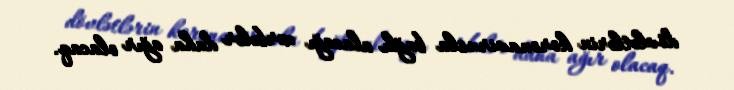
dövlətlərin koronavirusla bağlı alacağı zərbələr daha ağır olacaq.